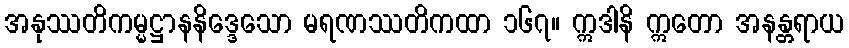
အနုဿတိကမ္မဋ္ဌာနနိဒ္ဒေသော မရဏဿတိကထာ ၁၆၇။ ဣဒါနိ ဣတော အနန္တရာယ